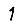
Digit: 1